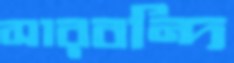
সারবন্দি